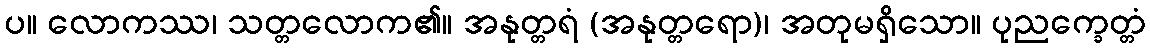
ပ။ လောကဿ၊ သတ္တလောက၏။ အနုတ္တရံ (အနုတ္တရော)၊ အတုမရှိသော။ ပုညက္ခေတ္တံ